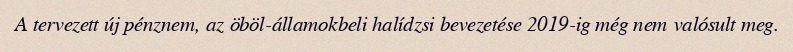
A tervezett új pénznem, az öböl-államokbeli halídzsi bevezetése 2019-ig még nem valósult meg.